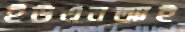
ইউএনআই